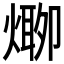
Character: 𱫾